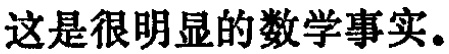
这是很明显的数学事实。